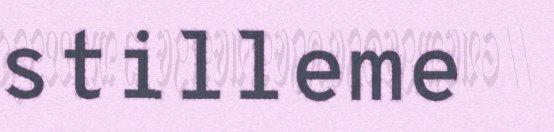
stilleme